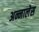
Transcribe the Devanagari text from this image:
अन्नालेस